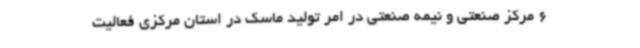
6 مرکز صنعتی و نیمه صنعتی در امر تولید ماسک در استان مرکزی فعالیت